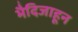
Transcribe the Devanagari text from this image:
भैदिजाहून